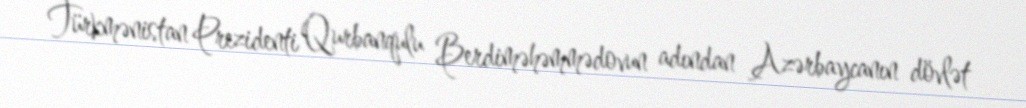
Türkmənistan Prezidenti Qurbanqulu Berdiməhəmmədovun adından Azərbaycanın dövlət